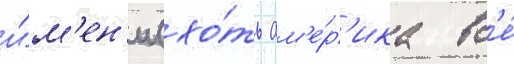
и́м'ен'и (хо́ть ам'е́р'ика вс'е́